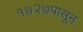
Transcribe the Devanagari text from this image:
१७२७पासून